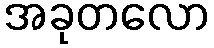
အခုတလော